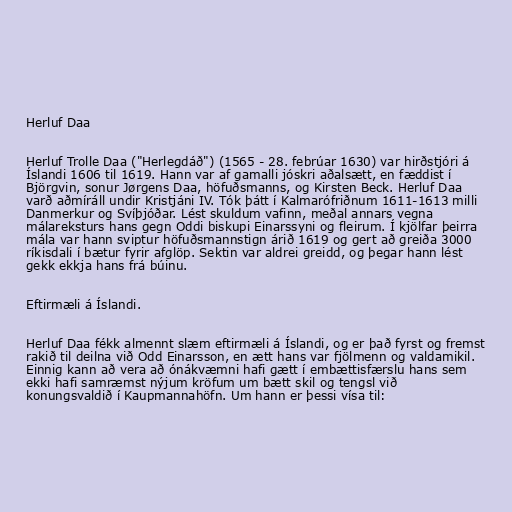
Herluf Daa

Herluf Trolle Daa ("Herlegdáð") (1565 - 28. febrúar 1630) var hirðstjóri á
Íslandi 1606 til 1619. Hann var af gamalli jóskri aðalsætt, en fæddist í
Björgvin, sonur Jørgens Daa, höfuðsmanns, og Kirsten Beck. Herluf Daa
varð aðmíráll undir Kristjáni IV. Tók þátt í Kalmarófriðnum 1611-1613 milli
Danmerkur og Svíþjóðar. Lést skuldum vafinn, meðal annars vegna
málareksturs hans gegn Oddi biskupi Einarssyni og fleirum. Í kjölfar þeirra
mála var hann sviptur höfuðsmannstign árið 1619 og gert að greiða 3000
ríkisdali í bætur fyrir afglöp. Sektin var aldrei greidd, og þegar hann lést
gekk ekkja hans frá búinu.

Eftirmæli á Íslandi.

Herluf Daa fékk almennt slæm eftirmæli á Íslandi, og er það fyrst og fremst
rakið til deilna við Odd Einarsson, en ætt hans var fjölmenn og valdamikil.
Einnig kann að vera að ónákvæmni hafi gætt í embættisfærslu hans sem
ekki hafi samræmst nýjum kröfum um bætt skil og tengsl við
konungsvaldið í Kaupmannahöfn. Um hann er þessi vísa til: